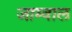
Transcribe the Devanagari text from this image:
जाम्वाल